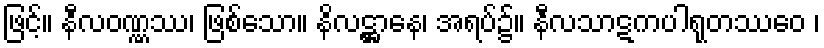
ဖြင့်။ နီလဝဏ္ဏဿ၊ ဖြစ်သော။ နိလဋ္ဌာနေ၊ အရပ်၌။ နီလသာဋကပါရုတဿေဝ ၊